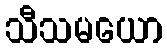
သီသမယော